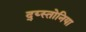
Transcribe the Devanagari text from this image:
द्य्स्तोनिया